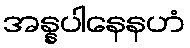
အန္နပါနေနဟံ